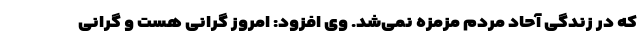
که در زندگی آحاد مردم مزمزه نمی‌شد. وی افزود: امروز گرانی هست و گرانی